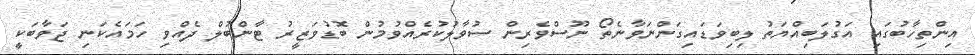
އިންތިހާބުގައި އަގުލަބިއްޔަތު ލިބިވަޑައިގަންނަވާނެތޯ ނޫސްވެރިން ސުވާލުކުރެއްވުމުން ބޮޑުވަޒީރު ޓާންބުލް ދެއްވި ހަމައެކަނި ޖަވާބަކީ